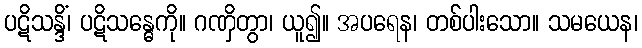
ပဋိသန္ဒိံ၊ ပဋိသန္ဓေကို။ ဂဏှိတွာ၊ ယူ၍။ အပရေန၊ တစ်ပါးသော။ သမယေန၊